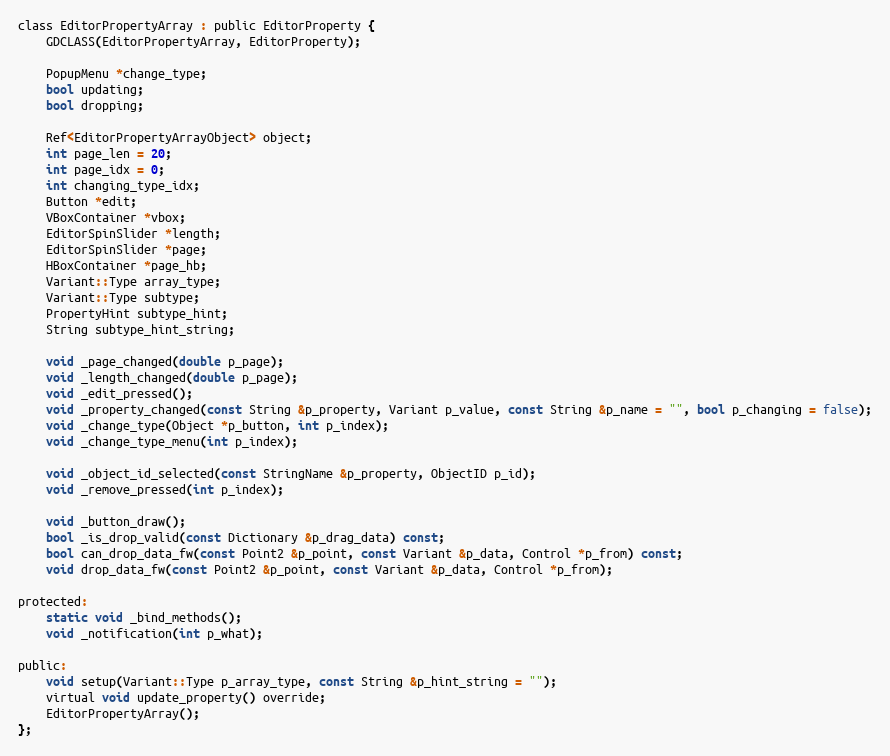
Language: C
class EditorPropertyArray : public EditorProperty {
	GDCLASS(EditorPropertyArray, EditorProperty);

	PopupMenu *change_type;
	bool updating;
	bool dropping;

	Ref<EditorPropertyArrayObject> object;
	int page_len = 20;
	int page_idx = 0;
	int changing_type_idx;
	Button *edit;
	VBoxContainer *vbox;
	EditorSpinSlider *length;
	EditorSpinSlider *page;
	HBoxContainer *page_hb;
	Variant::Type array_type;
	Variant::Type subtype;
	PropertyHint subtype_hint;
	String subtype_hint_string;

	void _page_changed(double p_page);
	void _length_changed(double p_page);
	void _edit_pressed();
	void _property_changed(const String &p_property, Variant p_value, const String &p_name = "", bool p_changing = false);
	void _change_type(Object *p_button, int p_index);
	void _change_type_menu(int p_index);

	void _object_id_selected(const StringName &p_property, ObjectID p_id);
	void _remove_pressed(int p_index);

	void _button_draw();
	bool _is_drop_valid(const Dictionary &p_drag_data) const;
	bool can_drop_data_fw(const Point2 &p_point, const Variant &p_data, Control *p_from) const;
	void drop_data_fw(const Point2 &p_point, const Variant &p_data, Control *p_from);

protected:
	static void _bind_methods();
	void _notification(int p_what);

public:
	void setup(Variant::Type p_array_type, const String &p_hint_string = "");
	virtual void update_property() override;
	EditorPropertyArray();
};